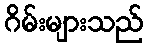
ဂိမ်းများသည်